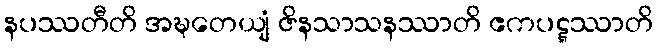
နပဿတီတိ အဍ္ဎတေယျံ ဇိနသာသနဿာတိ ဧကပဋ္ဋဿာတိ